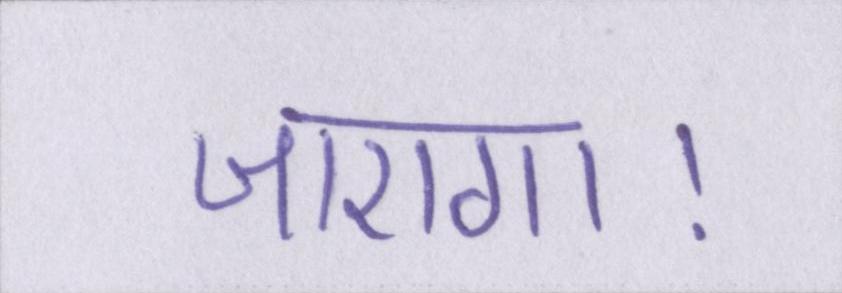
जाएगा।